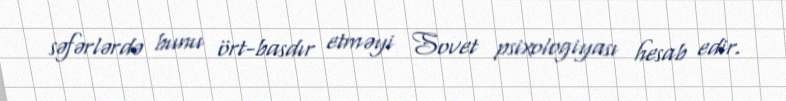
səfərlərdə bunu ört-basdır etməyi Sovet psixologiyası hesab edir.